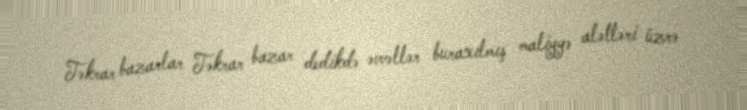
Təkrar bazarlar Təkrar bazar dedikdə əvvəllər buraxılmış maliyyə alətləri üzrə